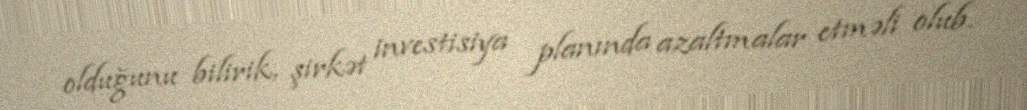
olduğunu bilirik, şirkət investisiya planında azaltmalar etməli olub.